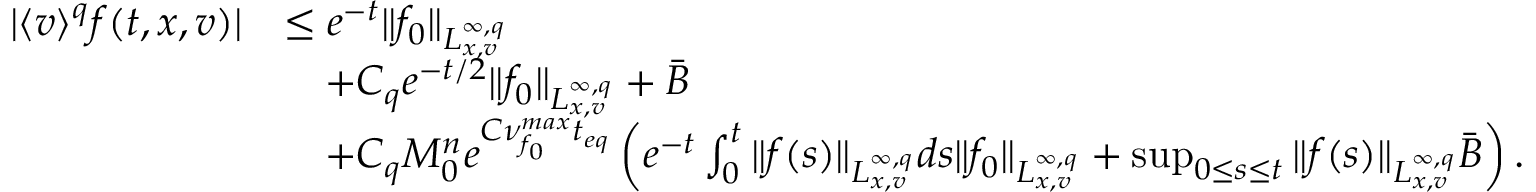
\begin{array} { r l } { \vert \langle v \rangle ^ { q } f ( t , x , v ) \vert } & { \leq e ^ { - t } \Vert f _ { 0 } \Vert _ { L _ { x , v } ^ { \infty , q } } } \\ & { \quad + C _ { q } e ^ { - t / 2 } \Vert f _ { 0 } \Vert _ { L _ { x , v } ^ { \infty , q } } + \bar { B } } \\ & { \quad + C _ { q } M _ { 0 } ^ { n } e ^ { C \nu _ { f _ { 0 } } ^ { m a x } t _ { e q } } \left( e ^ { - t } \int _ { 0 } ^ { t } \Vert f ( s ) \Vert _ { L _ { x , v } ^ { \infty , q } } d s \Vert f _ { 0 } \Vert _ { L _ { x , v } ^ { \infty , q } } + \operatorname* { s u p } _ { 0 \leq s \leq t } \Vert f ( s ) \Vert _ { L _ { x , v } ^ { \infty , q } } \bar { B } \right) . } \end{array}